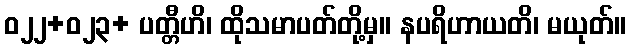
ဝ၂၂+၀၂၃+ ပတ္တီဟိ၊ ထိုသမာပတ်တို့မှ။ နပရိဟာယတိ၊ မယုတ်။